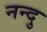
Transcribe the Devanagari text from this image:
नन्दु